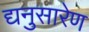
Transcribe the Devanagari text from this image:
द्यनुसारेण